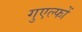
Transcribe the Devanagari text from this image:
गुएल्फों